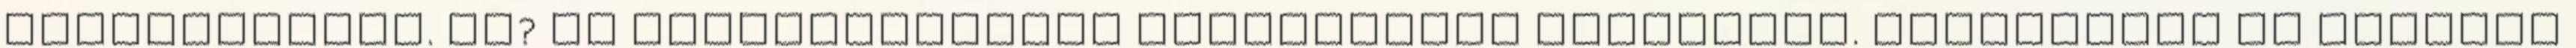
szervetlenek. És? Ez tulajdonképpen lényegtelen különbség. Amennyiben az emlékek